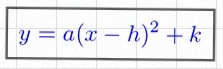
y=a(x-h)^2+k